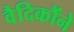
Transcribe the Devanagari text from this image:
वैदिकौंने